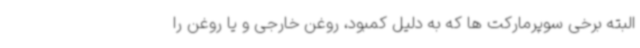
البته برخی سوپرمارکت ها که به دلیل کمبود، روغن خارجی و یا روغن را